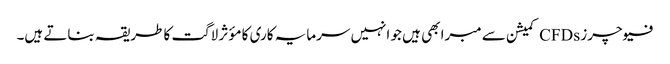
فیوچرز CFDs کمیشن سے مبرا بھی ہیں جو انہیں سرمایہ کاری کا مؤثر لاگت کا طریقہ بناتے ہیں۔